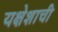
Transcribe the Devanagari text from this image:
यक्षेशाची